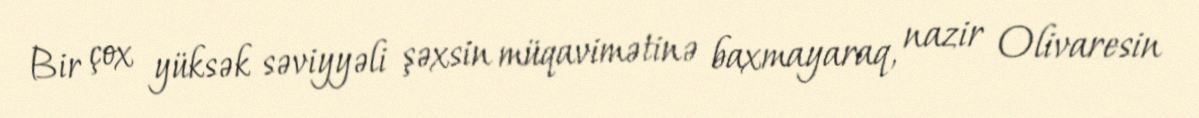
Bir çox yüksək səviyyəli şəxsin müqavimətinə baxmayaraq, nazir Olivaresin